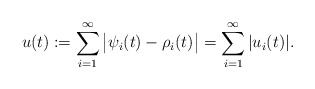
\begin{align*}u(t):=\sum_{i=1}^{\infty} \big|\psi_i(t)-\rho_i(t)\big|=\sum_{i=1}^{\infty}|u_i(t)|.\end{align*}